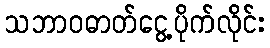
သဘာဝဓာတ်ငွေ့ပိုက်လိုင်း